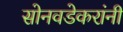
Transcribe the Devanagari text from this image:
सोनवडेकरांनी